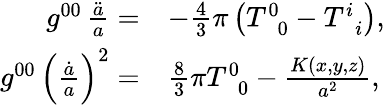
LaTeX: \begin{array}{rl}{g^{00}\, \frac{\ddot{a}}{a}=}&{-\frac{4}{3}\pi\left(T_{\, \, \, 0}^{0}-T_{\, \, \, i}^{i}\right),}\\ {g^{00}\, \left(\frac{\dot{a}}{a}\right)^{2}=}&{\frac{8}{3}\pi T_{\, \, \, 0}^{0}-\frac{K\left(x,y,z\right)}{a^{2}},}\end{array}